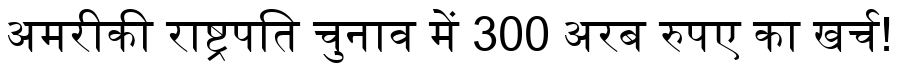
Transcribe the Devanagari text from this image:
अमरीकी राष्ट्रपति चुनाव में 300 अरब रुपए का खर्च!